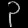
Digit: ၃